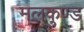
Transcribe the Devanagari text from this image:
मलकुण्ड